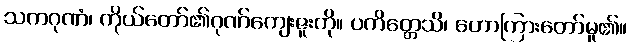
သကဂုဏံ၊ ကိုယ်တော်၏ဂုဏ်ကျေးဇူးကို။ ပကိတ္တေသိ၊ ဟောကြားတော်မူ၏။